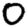
Digit: 0